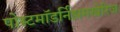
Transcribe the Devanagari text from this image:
पोस्टमॉडर्निझमखेरिज